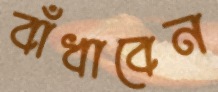
বাঁধাবেন